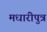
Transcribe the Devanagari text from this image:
मधारीपुत्र